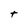
Character: t